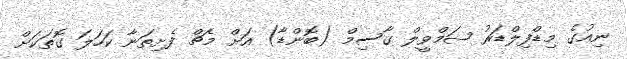
ނިއުގެ މިޑްފިލްޑަރު ޝަމްވީލް ގާސިމް (ބޮންޑާ) އަށް މެޗް ފެށިތަނާ ކަހަލަ ގޮތަކަށް